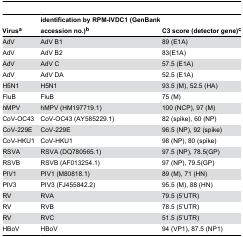
<table><thead><tr><td><b>Virus<sup>a</sup></b></td><td><b>identification by RPM-IVDC1 (GenBank accession no.)<sup>b</sup></b></td><td><b>C3 score (detector gene)<sup>c</sup></b></td></tr></thead><tbody><tr><td>AdV</td><td>AdV B1</td><td>89 (E1A)</td></tr><tr><td>AdV</td><td>AdV B2</td><td>83(E1A)</td></tr><tr><td>AdV</td><td>AdV C</td><td>57.5 (E1A)</td></tr><tr><td>AdV</td><td>AdV DA</td><td>52.5 (E1A)</td></tr><tr><td>H5N1</td><td>H5N1</td><td>93.5 (M), 52.5 (HA)</td></tr><tr><td>FluB</td><td>FluB</td><td>75 (M)</td></tr><tr><td>hMPV</td><td>hMPV (HM197719.1)</td><td>100 (NCP), 97 (M)</td></tr><tr><td>CoV-OC43</td><td>CoV-OC43 (AY585229.1)</td><td>82 (spike), 60 (NP)</td></tr><tr><td>CoV-229E</td><td>CoV-229E</td><td>96.5 (NP), 92 (spike)</td></tr><tr><td>CoV-HKU1</td><td>CoV-HKU1</td><td>98 (NP), 80 (spike)</td></tr><tr><td>RSVA</td><td>RSVA (DQ780565.1)</td><td>97.5 (NP), 78.5(GP)</td></tr><tr><td>RSVB</td><td>RSVB (AF013254.1)</td><td>97 (NP), 79.5(GP)</td></tr><tr><td>PIV1</td><td>PIV1 (M80818.1)</td><td>89 (M), 71 (HN)</td></tr><tr><td>PIV3</td><td>PIV3 (FJ455842.2)</td><td>95.5 (M), 88 (HN)</td></tr><tr><td>RV</td><td>RVA</td><td>79.5 (5’UTR)</td></tr><tr><td>RV</td><td>RVB</td><td>78.5 (5’UTR)</td></tr><tr><td>RV</td><td>RVC</td><td>51.5 (5’UTR)</td></tr><tr><td>HBoV</td><td>HBoV</td><td>94 (VP1), 87.5 (NP1)</td></tr></tbody></table>